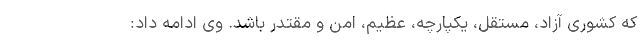
که کشوری آزاد، مستقل، یکپارچه، عظیم، امن و مقتدر باشد. وی ادامه داد: